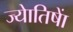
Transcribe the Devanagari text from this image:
ज्याेतिषाें